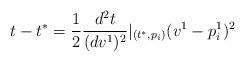
LaTeX: \begin{align*}t-t^{*}=\frac 12\frac{d^2t}{(dv^1)^2}|_{(t^{*},p_i)}(v^1-p_i^1)^2\end{align*}